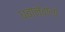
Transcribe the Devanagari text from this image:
धबानेवाला